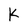
Character: K